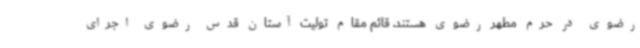
رضوی در حرم مطهر رضوی هستند. قائم‌ مقام تولیت آستان قدس رضوی اجرای